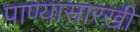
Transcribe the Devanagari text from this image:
पाण्यासारखी